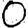
Digit: 0